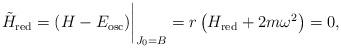
LaTeX: \begin{align*}{\tilde H}_{\rm red}=(H-E_{\rm osc} )\bigg\vert_{J_0=B}= r\left(H_{\rm red}+2m\omega^2\right) =0, \end{align*}